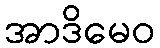
အာဒိမေဝ